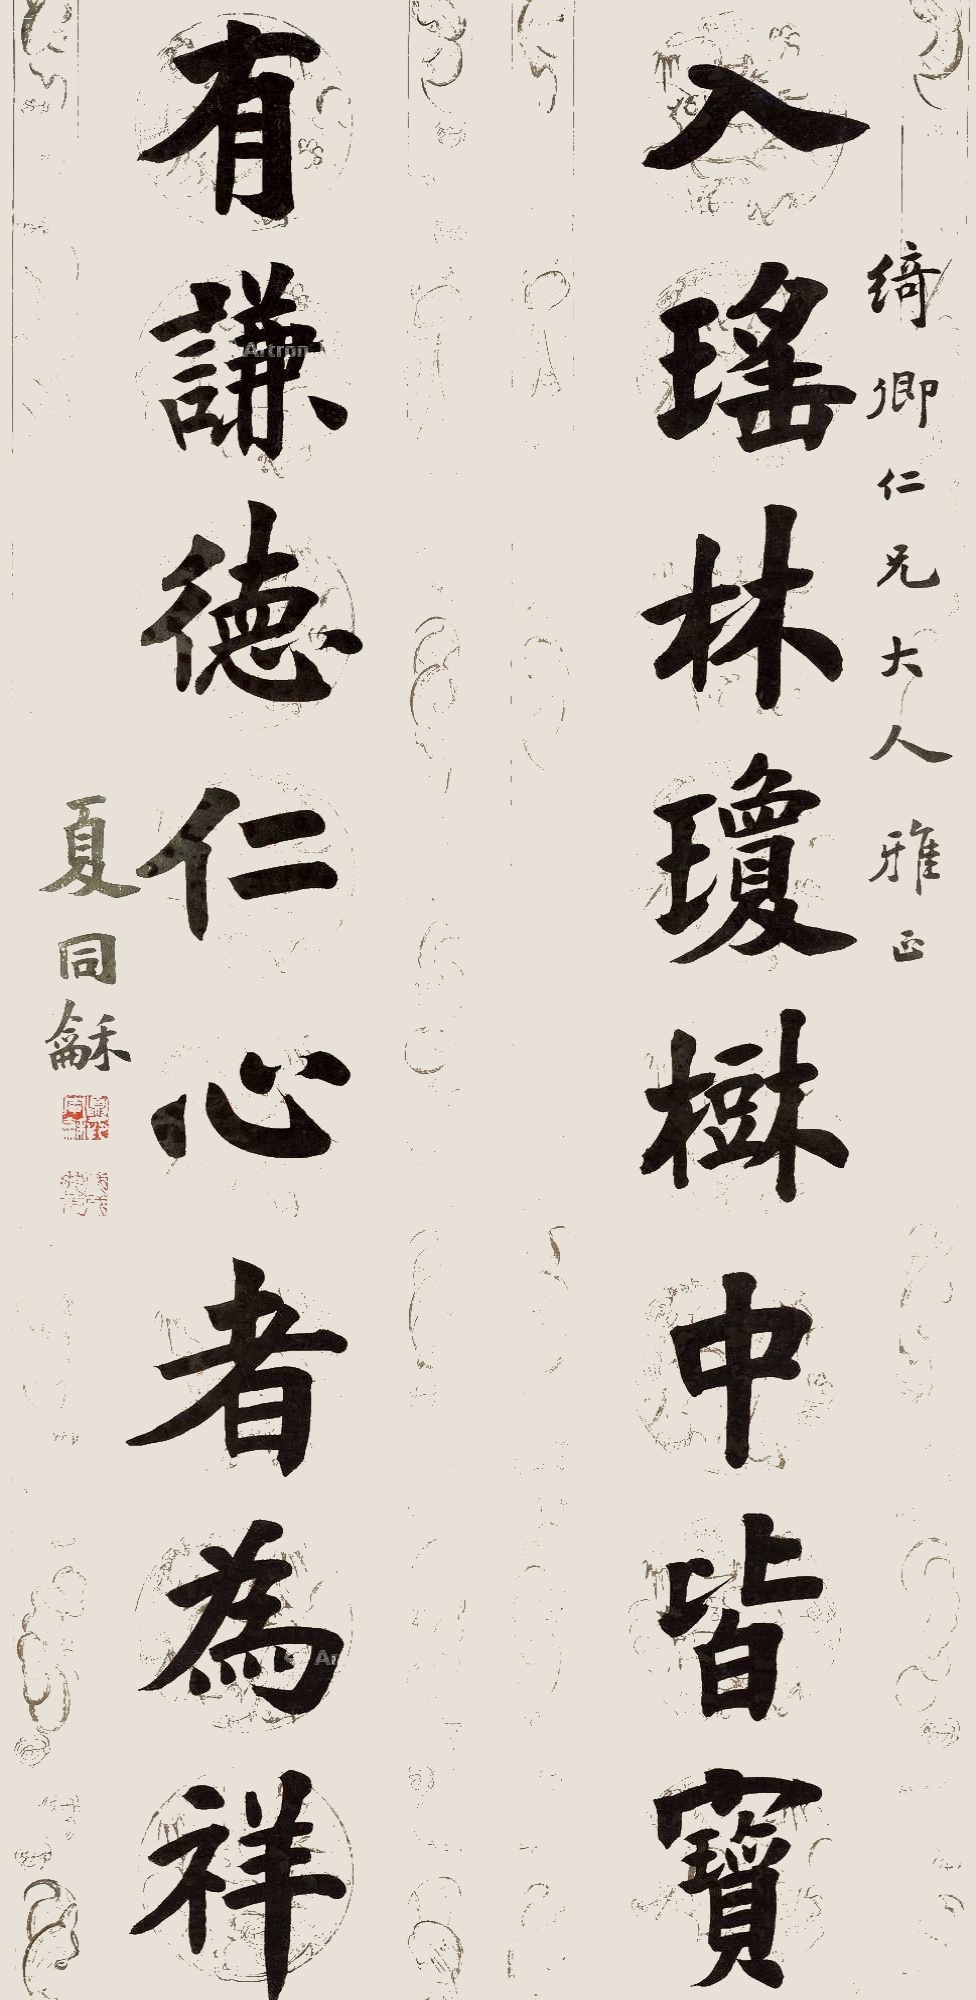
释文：入瑶林琼树中皆宝，有谦德仁心者为祥。绮卿仁兄大人雅正，夏同龢。